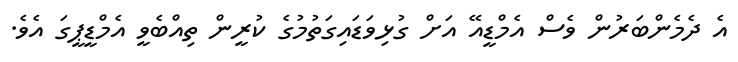
އެ ދެމެންބަރުން ވެސް އެމްޑީއޭ އަށް ގުޅިވަޑައިގަތުމުގެ ކުރީން ތިއްބެވީ އެމްޑީޕީގަ އެވެ.